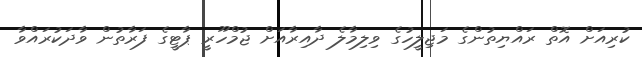
ކުރިއަށް އޮތް ރައްޔިތުންގެ މަޖިލީހުގެ ވިލިމާލެ ދާއިރާއަށް ޖުމްހޫރީ ޕާޓީގެ ފަރާތުން ވާދަކުރައްވާ